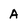
Character: A